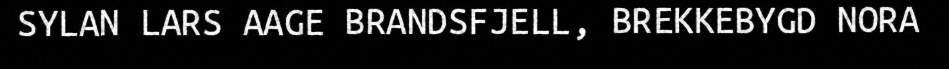
SYLAN LARS AAGE BRANDSFJELL, BREKKEBYGD NORA